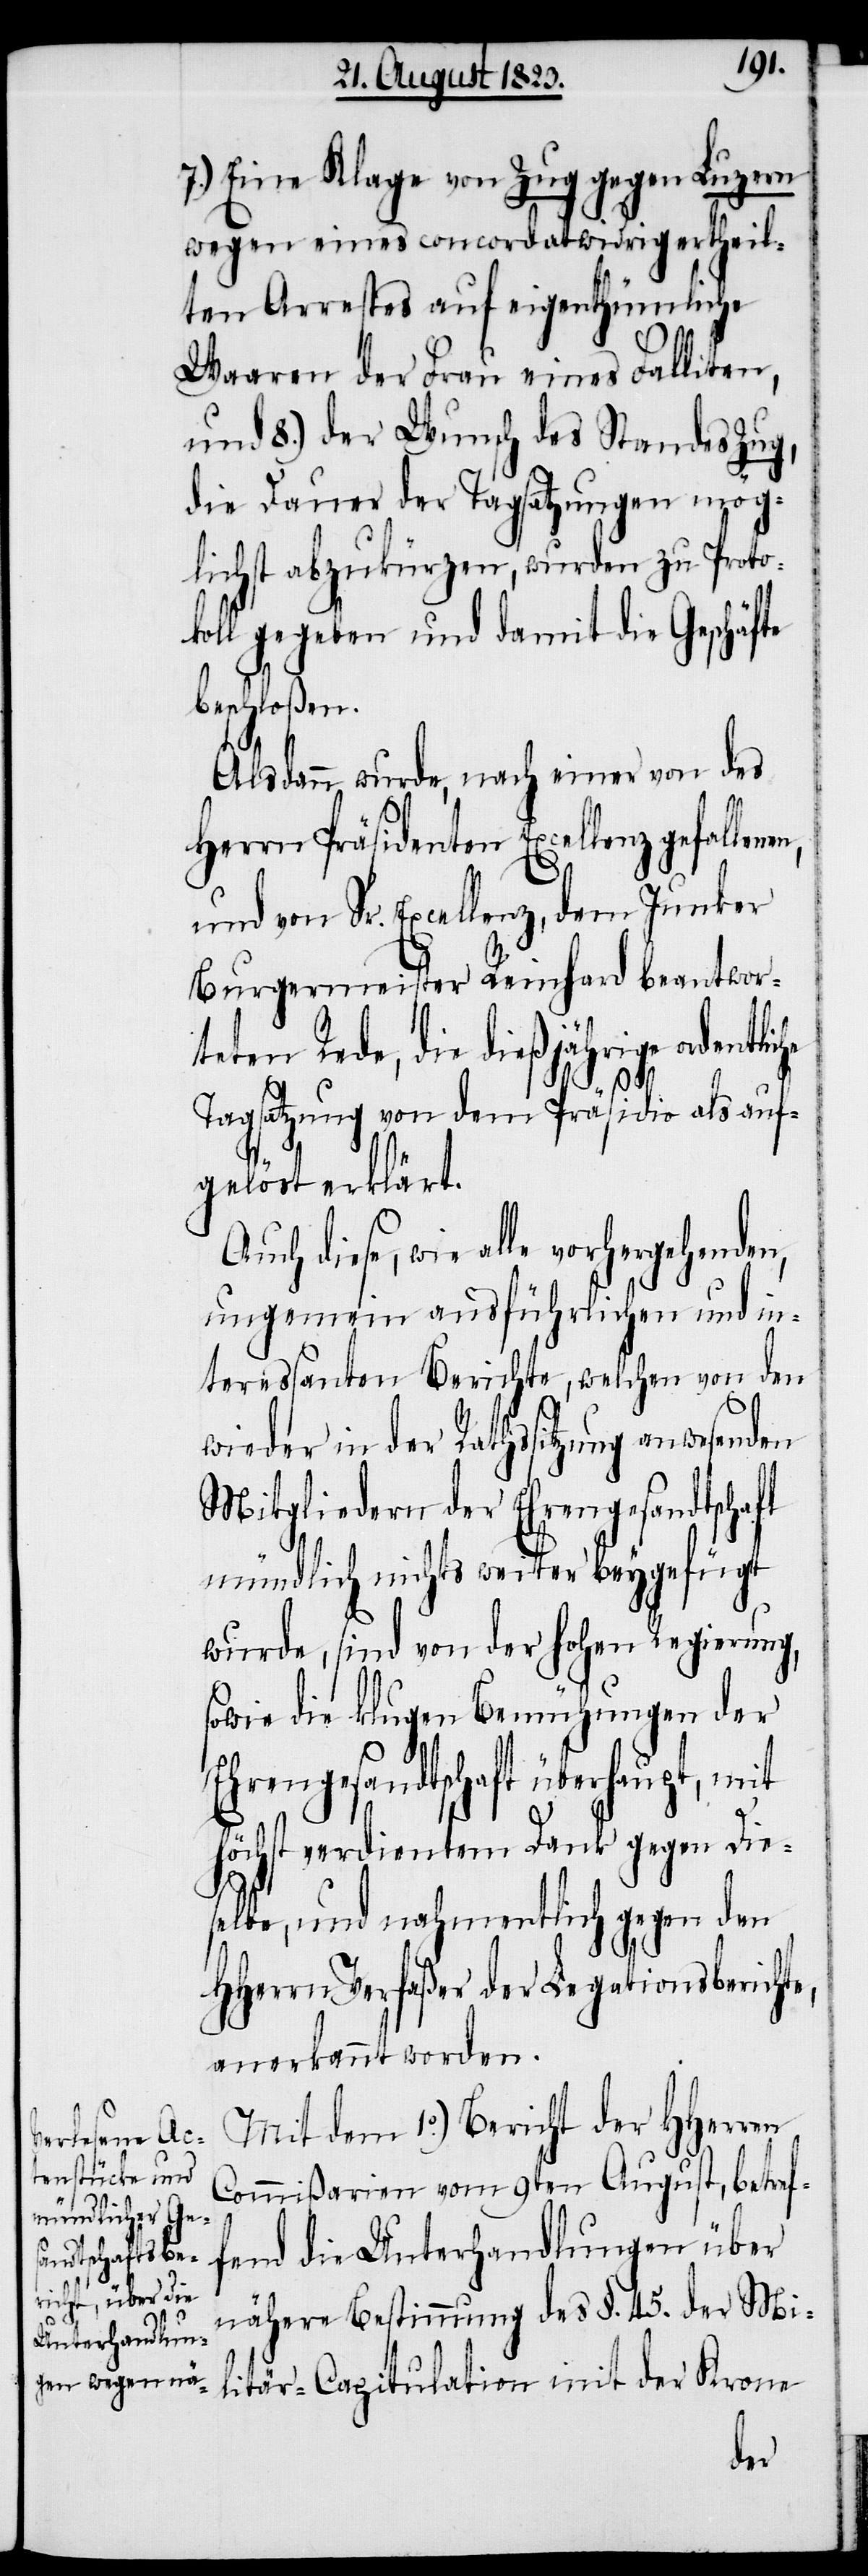
7.) Eine Klage von Zug gegen Luzern
e,
wegen eines concordatwidrig ertheil¬
ten Arrestes auf eigenthümliche
Waaren der Frau eines Falliten,
und 8.) der Wunsch des Standes Zug,
die Dauer der Tagsatzungen mög¬
lichst abzukürzen, wurden zu Proto¬
koll gegeben und damit die Geschäfte
beschloßen.
Alsdann wurde, nach einer von des
Herrn Präsidenten Excellenz
und von Sr. Excellenz, dem Junker
Burgermeister Reinhard beantwor¬
teten Rede, die dießjährige ordentli¬
Tagsatzung von dem Präsidio als auf¬
gelöst erklärt.
Auch diese, wie alle vorhergehenden,
ungemein ausführlichen und in¬
teressanten Berichte, welchen von den
wieder in der Rathssitzung anwesenden
Mitgliedern der Ehrengesandtschaft
mündlich nichts weiter beygefügt
wurde, sind von der hohen Regierung,
sowie die klugen Bemühungen der
Ehrengesandtschaft überhaupt, mit
höchst verdientem Dank gegen Die¬
selbe, und nahmentlich gegen den
HHerrn Verfaßer der Legationsbericht¬
anerkannt worden.
Mit dem 1.o) Bericht der HHerren
Commißarien vom 9ten August, betref¬
fend die Unterhandlungen über
nähere Bestimmung des §. 45. der Mi¬
litär-Capitulation mit der Krone